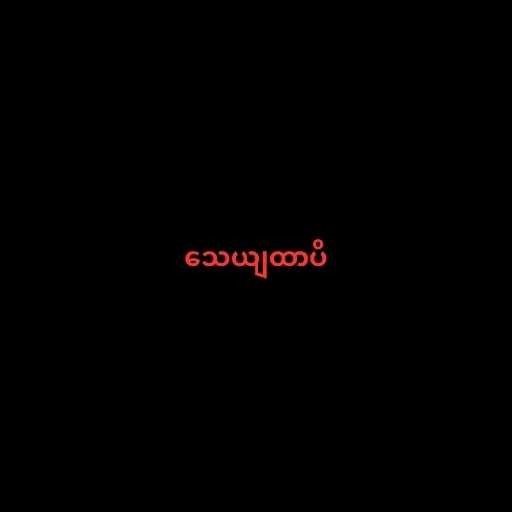
သေယျထာပိ